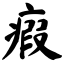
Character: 瘕